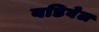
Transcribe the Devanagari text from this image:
वडिवेल